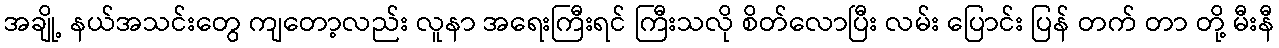
အချို့ နယ်အသင်းတွေ ကျတော့လည်း လူနာ အရေးကြီးရင် ကြီးသလို စိတ်လောပြီး လမ်း ပြောင်း ပြန် တက် တာ တို့ မီးနီ